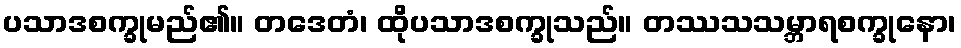
ပသာဒစက္ခုမည်၏။ တဒေတံ၊ ထိုပသာဒစက္ခုသည်။ တဿသသမ္ဘာရစက္ခုနော၊